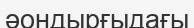
әондырғыдағы